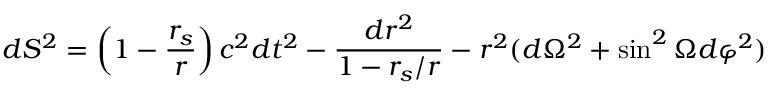
d S ^ { 2 } = \left( 1 - { \frac { r _ { s } } { r } } \right) c ^ { 2 } d t ^ { 2 } - { \frac { d r ^ { 2 } } { 1 - { r _ { s } } / { r } } } - r ^ { 2 } ( d \Omega ^ { 2 } + \sin ^ { 2 } \Omega d \varphi ^ { 2 } )